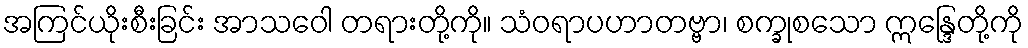
အကြင်ယိုးစီးခြင်း အာသဝေါ တရားတို့ကို။ သံဝရာပဟာတဗ္ဗာ၊ စက္ခုစသော ဣန္ဒြေတို့ကို